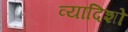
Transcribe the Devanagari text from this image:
व्यादिशो